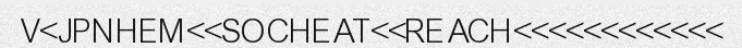
V<JPNHEM<<SOCHEAT<<REACH<<<<<<<<<<<<